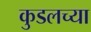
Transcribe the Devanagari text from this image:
कुडलच्या